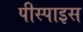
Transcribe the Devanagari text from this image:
पीस्पाइस